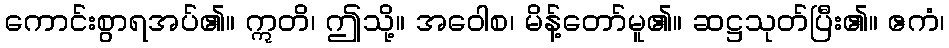
ကောင်းစွာရအပ်၏။ ဣတိ၊ ဤသို့။ အဝေါစ၊ မိန့်တော်မူ၏။ ဆဋ္ဌသုတ်ပြီး၏။ ဧကံ၊